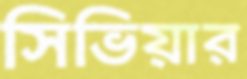
সিভিয়ার